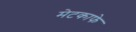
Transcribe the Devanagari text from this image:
मेटकाफे